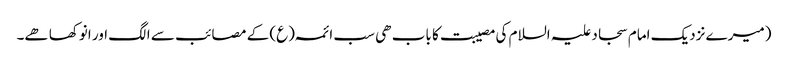
(میرے نزدیک امام سجاد علیہ السلام کی مصیبت کا باب ھی سب ائمہ (ع) کے مصائب سے الگ اور انوکھا ھے۔